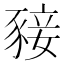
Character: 𧱙